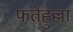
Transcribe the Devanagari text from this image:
फतेहुल्ला